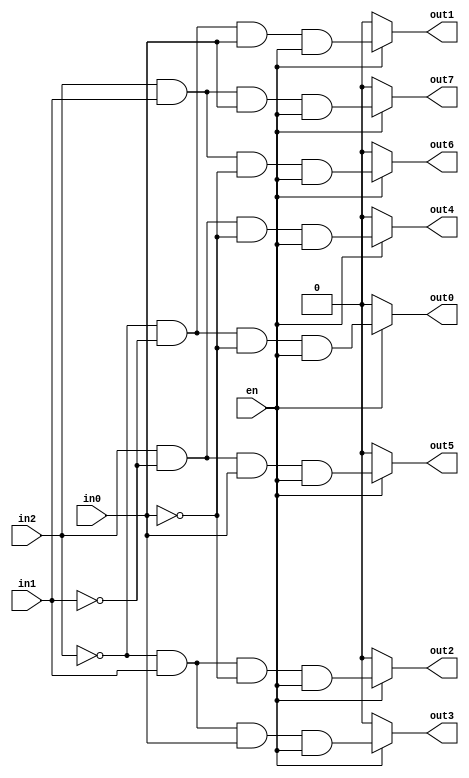
module decoder_3to8(
  input en,
  input wire in0,
  input wire in1,
  input wire in2,
  
  output wire out0,
  output wire out1,
  output wire out2,
  output wire out3,
  
  output wire out4,
  output wire out5,
  output wire out6,
  output wire out7
  );

assign out0 = (en) ? ((~in2 & ~in1 & ~in0) & en) : 1'b0; 
assign out1 = (en) ? ((~in2 & ~in1 & in0) & en) : 1'b0;
assign out2 = (en) ? ((~in2 & in1 & ~in0) & en) : 1'b0;
assign out3 = (en) ? ((~in2 & in1 & in0) & en) : 1'b0;
assign out4 = (en) ? ((in2 & ~in1 & ~in0) & en) : 1'b0;
assign out5 = (en) ? ((in2 & ~in1 & in0) & en) : 1'b0;
assign out6 = (en) ? ((in2 & in1 & ~in0) & en) : 1'b0;
assign out7 = (en) ? ((in2 & in1 & in0) & en) : 1'b0;


endmodule